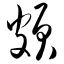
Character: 颇